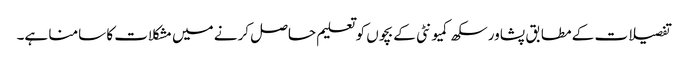
تفصیلات کے مطابق پشاور سکھ کمیونٹی کے بچوں کو تعلیم حاصل کرنے میں مشکلات کا سامنا ہے۔